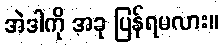
အဲဒါကို အခု ပြန်ရမလား။